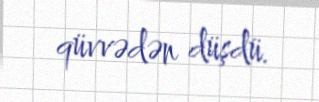
qüvvədən düşdü.